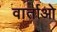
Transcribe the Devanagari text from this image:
वार्ताओ